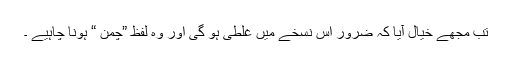
تب مجھے خیال آیا کہ ضرور اس نسخے میں غلطی ہو گی اور وہ لفظ ”چمن “ ہونا چاہیے ۔